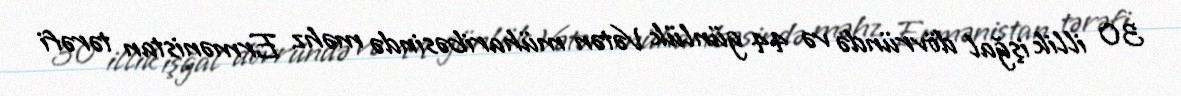
30 illik işğal dövründə və 44 günlük Vətən müharibəsində məhz Ermənistan tərəfi